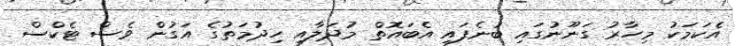
އެކަމަކު މިހާރު ގަނޫނުގައި ބުނެފައި އެބައޮތް މުދަލާއި ހިދުމަތުގެ އަގުން ވެސް ޓެކްސް